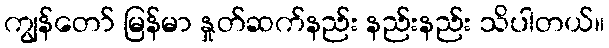
ကျွန်တော် မြန်မာ နှုတ်ဆက်နည်း နည်းနည်း သိပါတယ်။